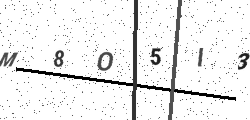
Text: M8O5I3